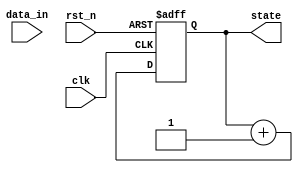
module negative_edge_example (
    input wire clk,          // Clock signal
    input wire rst_n,       // Active-low asynchronous reset
    input wire data_in,     // Input data signal
    output reg [3:0] state  // 4-bit state output
);

// Always block sensitive to the negative edge of the clock
always @(negedge clk or negedge rst_n) begin
    if (!rst_n) begin
        // Asynchronous reset
        state <= 4'b0000; // Initialize state to 0
    end else begin
        // State update logic
        state <= state + 1; // Increment state on each falling edge
        // You can also include more complex logic here based on data_in
        // For example:
        // if (data_in) begin
        //     state <= state + 2; // Increment by 2 if data_in is high
        // end
    end
end

endmodule